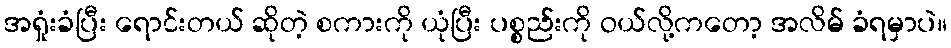
အရှုံးခံပြီး ရောင်းတယ် ဆိုတဲ့ စကားကို ယုံပြီး ပစ္စည်းကို ဝယ်လို့ကတော့ အလိမ် ခံရမှာပဲ။